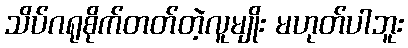
သိပ်ဂရုစိုက်တတ်တဲ့လူမျိုး မဟုတ်ပါဘူး